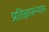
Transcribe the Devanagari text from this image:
प्रतिज्ञासंन्यास